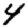
Digit: 4